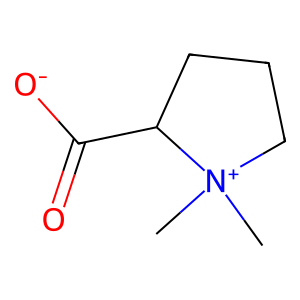
SMILES: C[N+]1(C)CCCC1C(=O)[O-]
Inhibits HIV replication: No